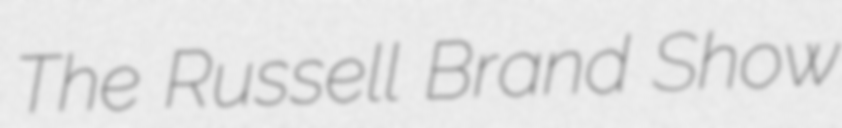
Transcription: The Russell Brand Show